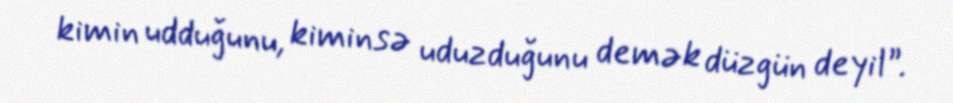
kimin udduğunu, kiminsə uduzduğunu demək düzgün deyil”.